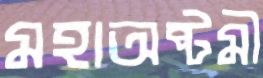
মহাঅষ্টমী